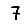
Digit: 7